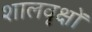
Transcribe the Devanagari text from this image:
शालवृक्षों